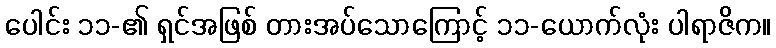
ပေါင်း ၁၁-၏ ရှင်အဖြစ် တားအပ်သောကြောင့် ၁၁-ယောက်လုံး ပါရာဇိက။